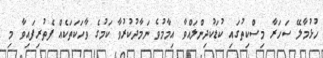
ހުޅުމާލޭ ސަހަރާ މިސްކިތުގައި ކުޑަކުދިންލައްވާ އިމާމުވެ ނަމާދުކުރުވާ ކަމުގެ ވާހަކަތަކެއް ފެތުރިފައިވާ މި